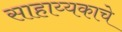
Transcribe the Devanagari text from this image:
साहाय्यकाचे